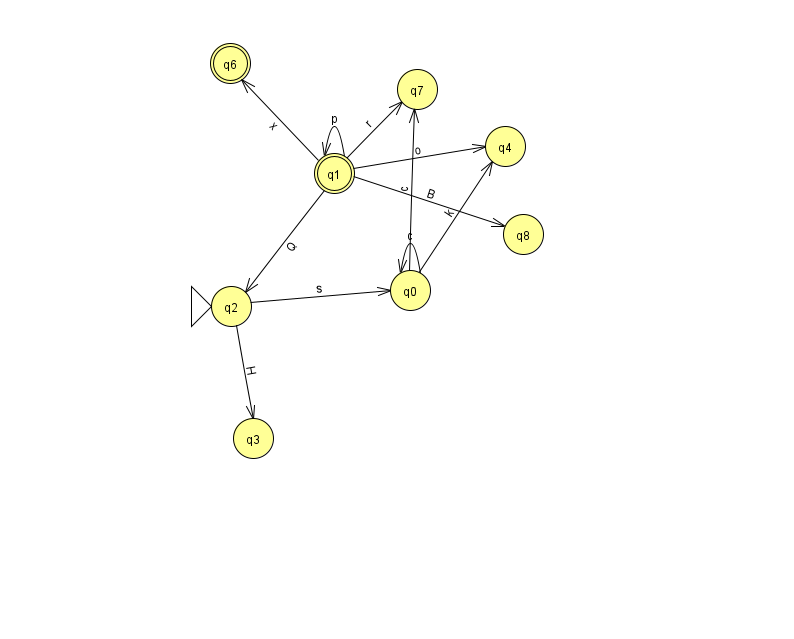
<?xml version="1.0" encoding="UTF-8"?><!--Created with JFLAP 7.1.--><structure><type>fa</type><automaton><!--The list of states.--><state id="0" name="q0"><x>410.0</x><y>277.0</y></state><state id="1" name="q1"><x>334.0</x><y>160.0</y><final/></state><state id="2" name="q2"><x>231.0</x><y>293.0</y><initial/></state><state id="3" name="q3"><x>253.0</x><y>425.0</y></state><state id="4" name="q4"><x>505.0</x><y>133.0</y></state><state id="6" name="q6"><x>230.0</x><y>50.0</y><final/></state><state id="7" name="q7"><x>417.0</x><y>76.0</y></state><state id="8" name="q8"><x>523.0</x><y>221.0</y></state><!--The list of transitions.--><transition><from>1</from><to>1</to><read>p</read></transition><transition><from>1</from><to>4</to><read>o</read></transition><transition><from>0</from><to>0</to><read>c</read></transition><transition><from>0</from><to>4</to><read>k</read></transition><transition><from>1</from><to>2</to><read>Q</read></transition><transition><from>2</from><to>0</to><read>s</read></transition><transition><from>0</from><to>7</to><read>c</read></transition><transition><from>1</from><to>6</to><read>x</read></transition><transition><from>1</from><to>7</to><read>r</read></transition><transition><from>2</from><to>3</to><read>H</read></transition><transition><from>1</from><to>8</to><read>B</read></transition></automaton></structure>